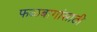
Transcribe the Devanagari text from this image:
फळबागांसाठी